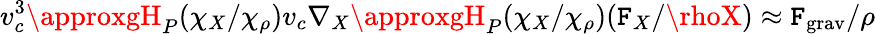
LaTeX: v_{c}^{3}\approxgH_{P}(\chi_{X}/\chi_{\rho})v_{c}\nabla_{X}\approxgH_{P}(\chi_{X}/\chi_{\rho})(\mathtt{F}_{X}/\rhoX)\approx\mathtt{F}_{\mathrm{{grav}}}/\rho